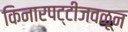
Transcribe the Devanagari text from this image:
किनारपट्टीजवळून